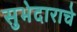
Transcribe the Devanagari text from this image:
सुभेदाराचे